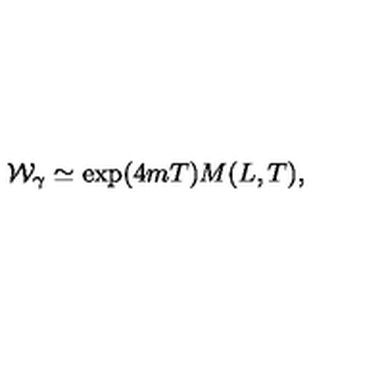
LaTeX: { \cal W } _ { \gamma } \simeq \exp ( 4 m T ) M ( L , T ) ,